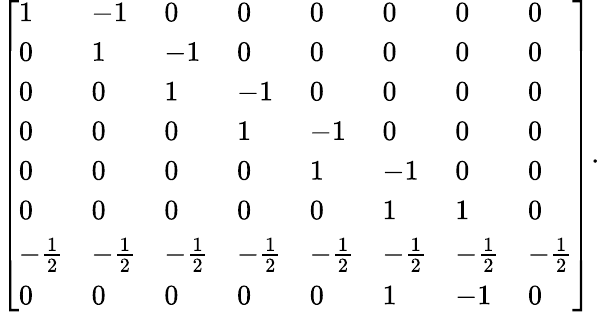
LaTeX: \left[{\begin{array}{llllllll}{1}&{-1}&{0}&{0}&{0}&{0}&{0}&{0}\\ {0}&{1}&{-1}&{0}&{0}&{0}&{0}&{0}\\ {0}&{0}&{1}&{-1}&{0}&{0}&{0}&{0}\\ {0}&{0}&{0}&{1}&{-1}&{0}&{0}&{0}\\ {0}&{0}&{0}&{0}&{1}&{-1}&{0}&{0}\\ {0}&{0}&{0}&{0}&{0}&{1}&{1}&{0}\\ {-{\frac{1}{2}}}&{-{\frac{1}{2}}}&{-{\frac{1}{2}}}&{-{\frac{1}{2}}}&{-{\frac{1}{2}}}&{-{\frac{1}{2}}}&{-{\frac{1}{2}}}&{-{\frac{1}{2}}}\\ {0}&{0}&{0}&{0}&{0}&{1}&{-1}&{0}\end{array}}\right].